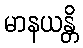
မာနယန္တိ